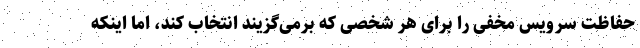
حفاظت سرویس مخفی را برای هر شخصی که برمی‌گزیند انتخاب کند، اما اینکه